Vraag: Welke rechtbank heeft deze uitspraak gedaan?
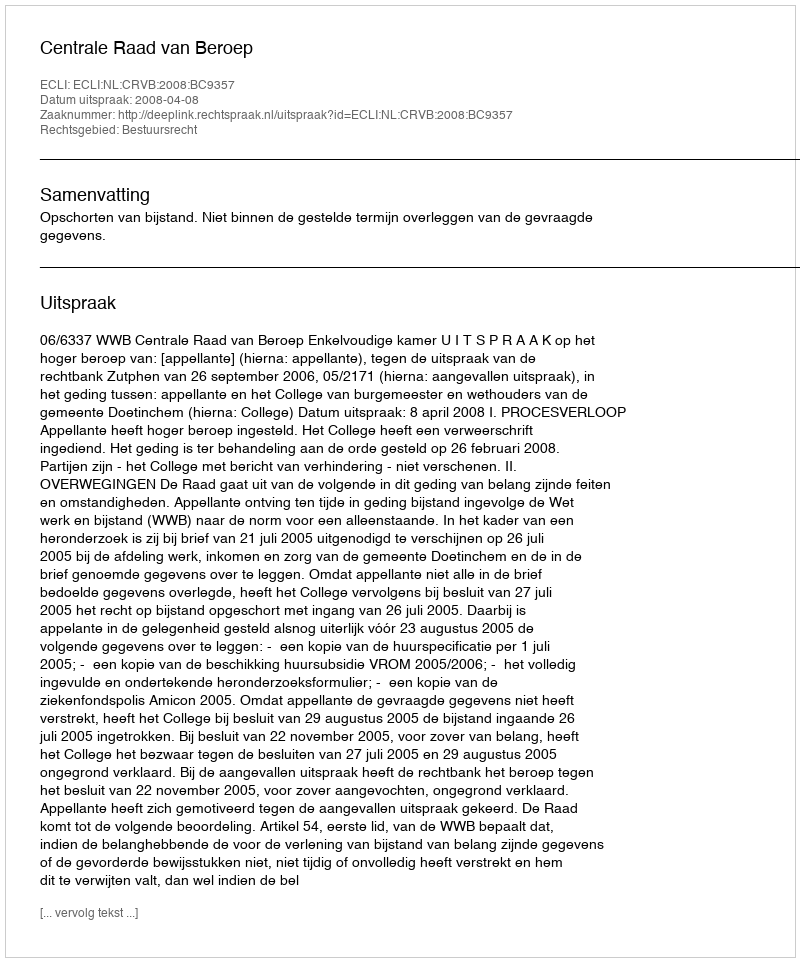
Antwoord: Centrale Raad van Beroep